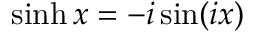
\sinh x = - i \sin ( i x )